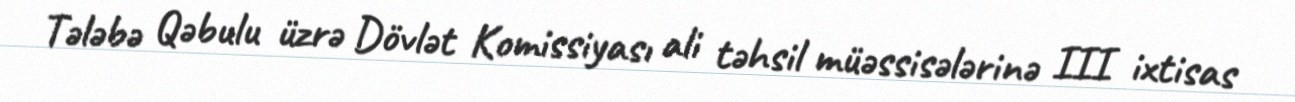
Tələbə Qəbulu üzrə Dövlət Komissiyası ali təhsil müəssisələrinə III ixtisas